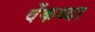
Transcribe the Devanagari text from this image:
वेंकय्या